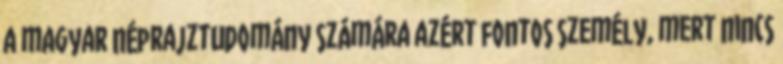
a magyar néprajztudomány számára azért fontos személy, mert nincs